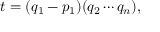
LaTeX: t = ( q _ { 1 } - p _ { 1 } ) ( q _ { 2 } \cdots q _ { n } ) ,